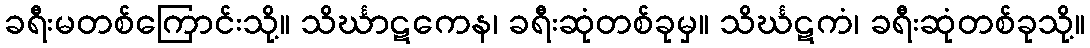
ခရီးမတစ်ကြောင်းသို့။ သိင်္ဃာဋကေန၊ ခရီးဆုံတစ်ခုမှ။ သိင်္ဃဋကံ၊ ခရီးဆုံတစ်ခုသို့။